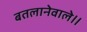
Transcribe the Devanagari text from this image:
बतलानेवाले॥